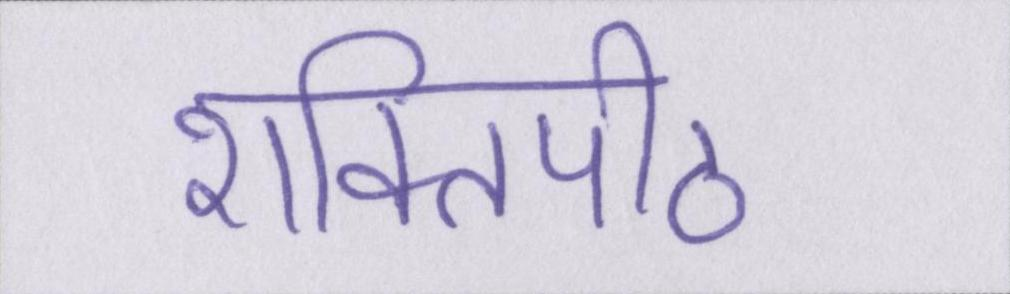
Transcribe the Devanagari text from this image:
शक्तिपीठ